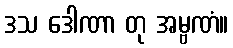
ဒသ ဒေါဏာ တု အမ္ဗဏံ။